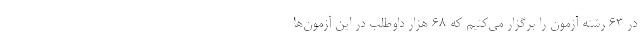
در ۶۳ رشته آزمون را برگزار می‌کنیم که ۶۸ هزار داوطلب در این آزمون‌ها